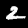
Label: 2